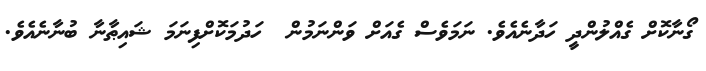
ގޯނާކޮށް ގެއްލުންދީ ހަދާނެއެވެ. ނަމަވެސް ގެއަށް ވަންނަމުން  ހަދުމަކޮށްފިނަމަ ޝައިޠާނާ ބުނާނެއެވެ.